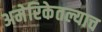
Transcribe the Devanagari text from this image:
अमेरिकेतल्याच